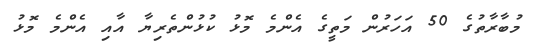
މުބާރާތުގެ 50 އަހަރުން މަތީގެ އެންމެ މޮޅު ކުޅުންތެރިޔާ އާއި އެންމެ މޮޅު